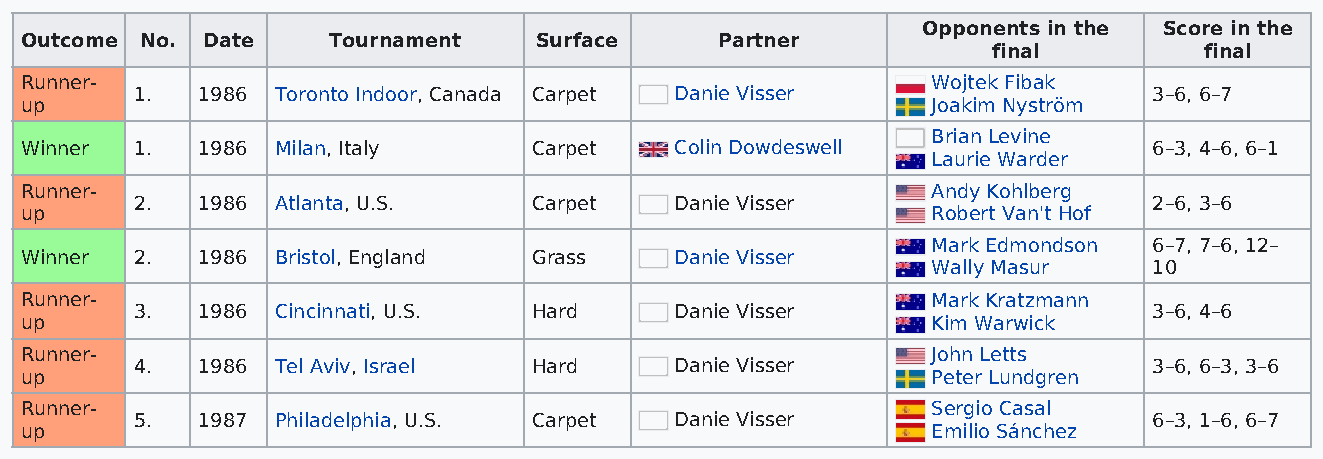
Opponents in the Score in the
 Outcome No. Date     Tournament   Surface      Partner
 final         final
 Runner-                                                      Wojtek Fibak
 1.  1986 Toronto Indoor, Canada Carpet Danie Visser                3–6, 6–7
 up                                                           Joakim Nyström
 Brian Levine
 Winner  1.  1986 Milan, Italy     Carpet    Colin Dowdeswell               6–3, 4–6, 6–1
 Laurie Warder
 Runner-                                                      Andy Kohlberg
 2.  1986 Atlanta, U.S.    Carpet    Danie Visser                   2–6, 3–6
 up                                                           Robert Van't Hof
 Mark Edmondson 6–7, 7–6, 12–
 Winner  2.  1986 Bristol, England Grass     Danie Visser
 Wally Masur   10
 Runner-                                                      Mark Kratzmann
 3.  1986 Cincinnati, U.S. Hard      Danie Visser                   3–6, 4–6
 up                                                           Kim Warwick
 Runner-                                                      John Letts
 4.  1986 Tel Aviv, Israel Hard      Danie Visser                   3–6, 6–3, 3–6
 up                                                           Peter Lundgren
 Runner-                                                      Sergio Casal
 5.  1987 Philadelphia, U.S. Carpet  Danie Visser                   6–3, 1–6, 6–7
 up                                                           Emilio Sánchez